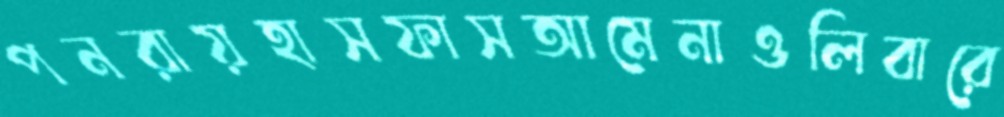
পনরায়হাসফাসআমেনাওলিবারে